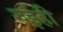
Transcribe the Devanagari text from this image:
रुईही